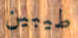
طيبين